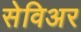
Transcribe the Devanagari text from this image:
सेविअर